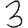
Digit: 3